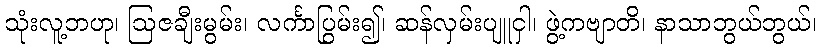
သုံးလူ့ဘဟု၊ ဩဇချီးမွမ်း၊ လင်္ကာပြွမ်း၍၊ ဆန်လှမ်းပျူငှါ၊ ဖွဲ့ကဗျာတိ၊ နာသာဘွယ်ဘွယ်၊